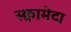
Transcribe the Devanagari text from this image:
स्क्वामेटा